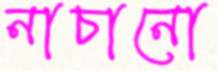
নাচানো